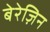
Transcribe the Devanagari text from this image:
बेरेज़िन